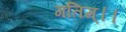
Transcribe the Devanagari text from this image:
गतिम्।।